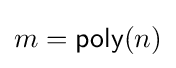
m={\mathsf {poly}}(n)